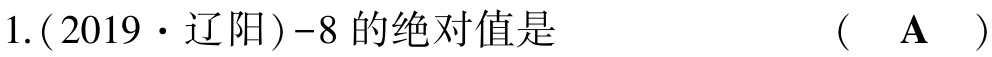
1. (2019·辽阳)-8 的绝对值是  （  A  ）